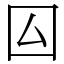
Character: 囜